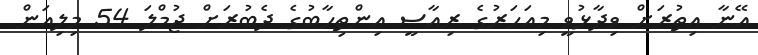
އޭނާ އިތުރަށް ވިދާޅުވީ މިއަހަރުގެ ރިއާސީ އިންތިހާބުގެ ދެބުރަށް ޖުމްލަ 54 މިލިއަން